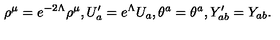
\rho ^ { \mu } = e ^ { - 2 \Lambda } \rho ^ { \mu } , U _ { a } ^ { \prime } = e ^ { \Lambda } U _ { a } , \theta ^ { a } = \theta ^ { a } , Y _ { a b } ^ { \prime } = Y _ { a b } .